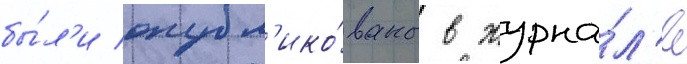
бы́л'и опубл'ико́ваны в журна́л'е